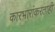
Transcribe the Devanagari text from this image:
कारभारांकरताही